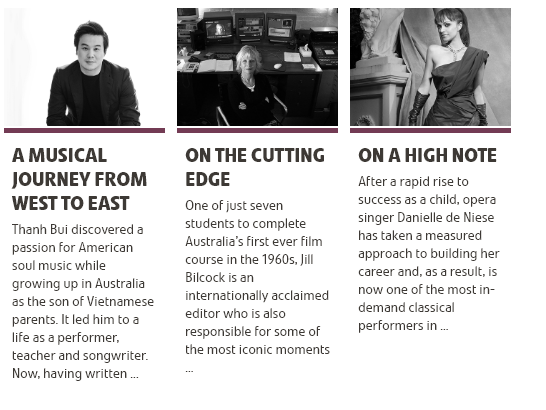
AMUSICAL
   JOURNEY    FROM
   WEST  TO    EAST
     ON   THE   CUTTING
     EDGE
     ON   AHIGH    NOTE
   Thanh Bui discovered a
   passion for American
   soul music while
   growing up in Australia
   as the son of Vietnamese
   parents. It led him to a
   life as a performer,
   teacher and songwriter.
   Now, having written
     One of just seven
     students to complete
     Australia’s First ever film
     course in the 1960s, jill
     Bilcock is an
     internationally acclaimed
     editor who is also
     responsible For some of
     the most iconic moments
     After a rapid rise to
     success asa child, opera
     singer Danielle de Niese
     has taken a measured
     approach to building her
     career and, as a result, is
     now one of the most  in-
     demand   classical
     performers in